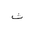
Letter: _tha